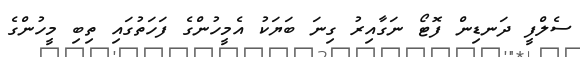
ސެލްފީ ދަނޑިން ފޮޓޯ ނަގާއިރު ގިނަ ބަޔަކު އެމީހުންގެ ފަހަތުގައި ތިބި މީހުންގެ